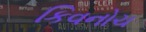
કિવનોચ